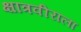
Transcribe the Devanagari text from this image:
क्षात्रवीराला